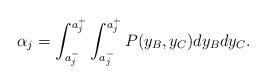
LaTeX: \begin{align*}\alpha_j=\int_{a^-_j}^{a^+_j} \int_{a^-_j}^{a^+_j} P(y_{B},y_{C}) dy_B dy_C.\end{align*}